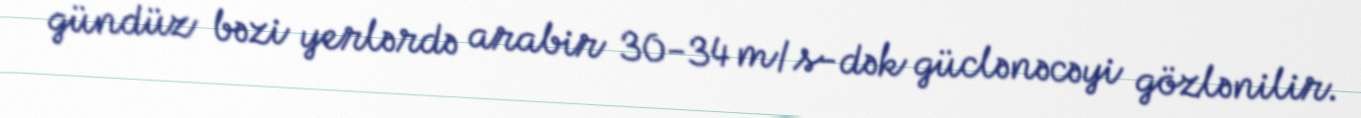
gündüz bəzi yerlərdə arabir 30-34 m/s-dək güclənəcəyi gözlənilir.